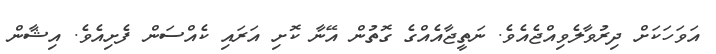
އަވަހަކަށް ދިރުވާލެވިއްޖެއެވެ. ނަތީޖާއެއްގެ ގޮތުން އޭނާ ކޮށި އަރައި ކެއްސަން ފެށިއެވެ. އިޝާން